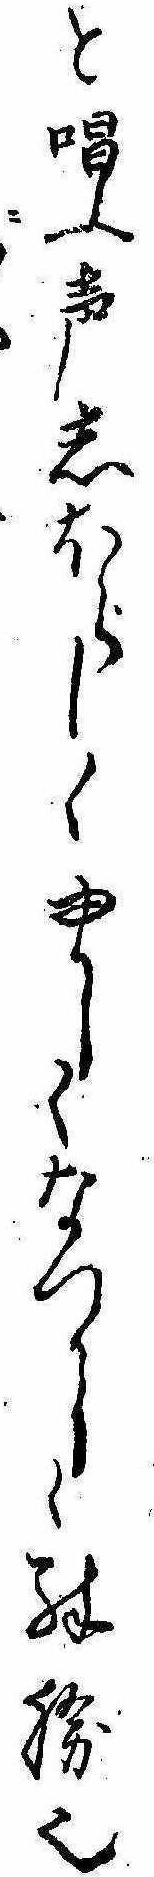
と唱ふ声しほらしくゆかしくなつかしく殊勝也に